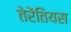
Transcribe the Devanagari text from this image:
तेरेंतियस